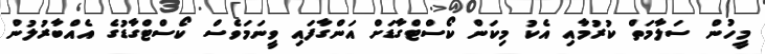
މީހުން ސަލާމަތް ކުރުމާއި އެކު މިކަން ކޯސްޓްގާޑަށް އަންގާފައި ވީނަމަވެސް ކޯސްޓްގާޑުގެ އެއްބާރުލުން